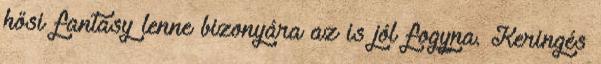
hősi fantasy lenne bizonyára az is jól fogyna. Keringés